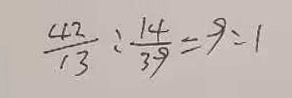
\frac { 4 2 } { 1 3 } : \frac { 1 4 } { 3 9 } = 9 : 1